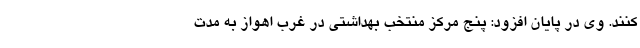
کنند. وی در پایان افزود: پنج مرکز منتخب بهداشتی در غرب اهواز به مدت